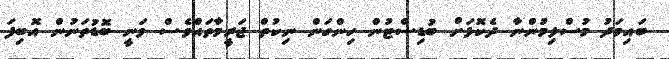
ބައިމަދު މުސްލިމުންނާ ދެކޮޅަށް ބުޑިސްޓުން ހިންގަން ނިކުތް ޖަރީމާތައްވެސް ވަނީ ބޮޑުތަނުން އޮބިފަ